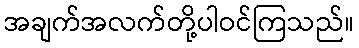
အချက်အလက်တို့ပါဝင်ကြသည်။